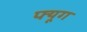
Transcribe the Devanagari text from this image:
फ्यूग